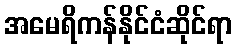
အမေရိကန်နိုင်ငံဆိုင်ရာ